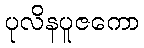
ပုလိနပူဇကော